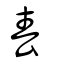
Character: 春